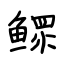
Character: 鳏